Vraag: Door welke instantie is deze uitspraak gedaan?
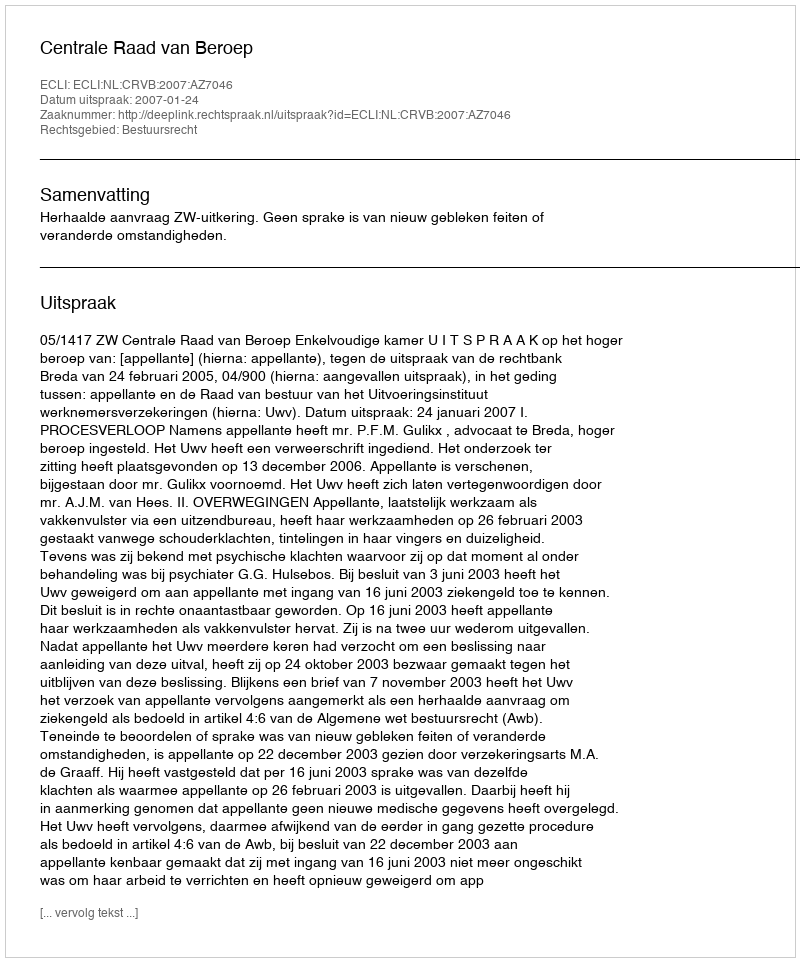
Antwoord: Centrale Raad van Beroep